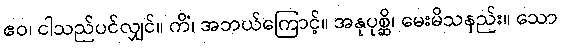
ဧဝ၊ ငါသည်ပင်လျှင်။ ကိံ၊ အဘယ်ကြောင့်။ အနုပုစ္ဆိ၊ မေးမိသနည်း။ သော